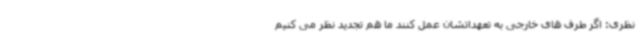
نظری: اگر طرف های خارجی به تعهداتشان عمل کنند ما هم تجدید نظر می کنیم